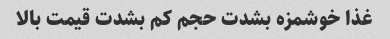
غذا خوشمزه بشدت حجم کم بشدت قیمت بالا